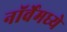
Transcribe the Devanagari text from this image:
नॉर्वेमध्ये